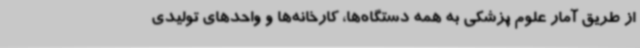
از طریق آمار علوم پزشکی به همه دستگاه‌ها، کارخانه‌ها و واحدهای تولیدی